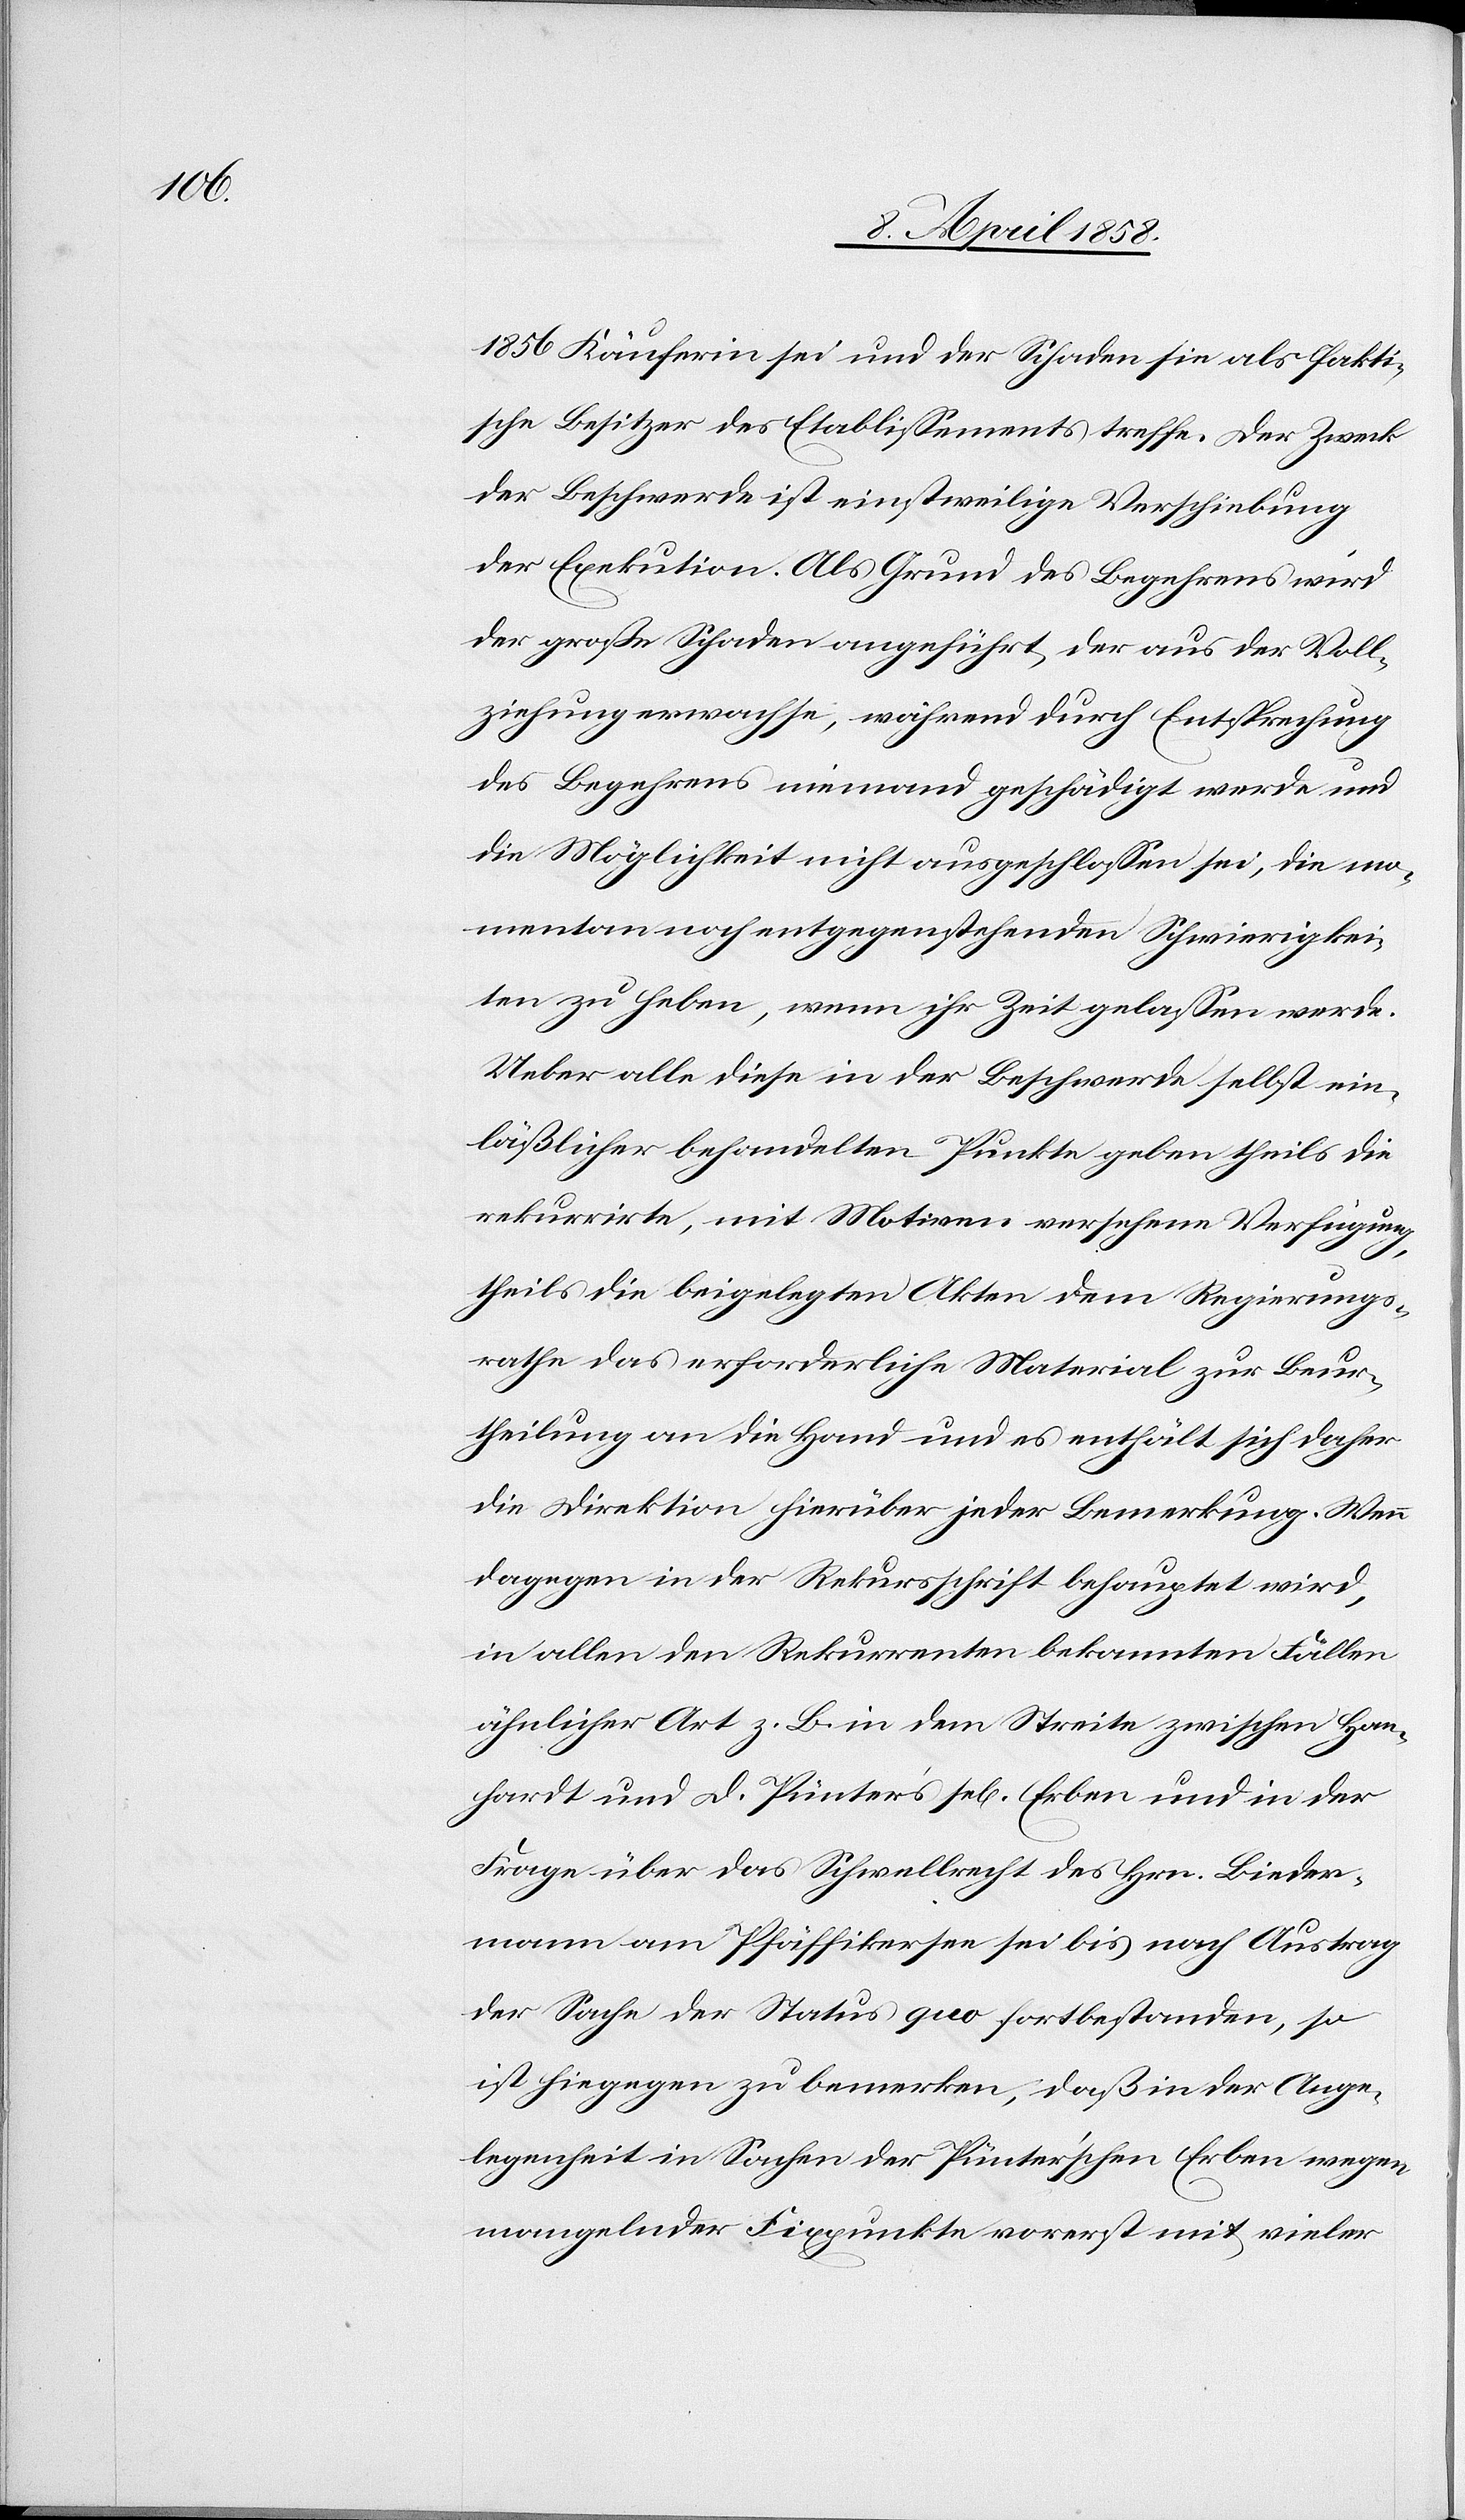
1856 Käuferin sei und der Schaden sie als fakti¬
sche Besitzer des Etablissements treffe. Der Zweck
der Beschwerde ist einstweilige Verschiebung
der Exekution. Als Grund des Begehrens wird
der große Schaden angeführt, der aus der Voll¬
ziehung erwachse, während durch Entsprechung
des Begehrens niemand geschädigt werde und
die Möglichkeit nicht ausgeschlossen sei, die mo¬
mentan noch entgegenstehenden Schwierigkei¬
ten zu heben, wenn ihr Zeit gelassen werde.
Ueber alle diese in der Beschwerde selbst ein¬
läßlicher behandelten Punkte geben theils die
rekurrirte, mit Motiven versehene Verfügung,
theils die beigelegten Akten dem Regierungs¬
rathe das erforderliche Material zur Beur¬
theilung an die Hand und es enthält sich daher
die Direktion hierüber jeder Bemerkung. Wenn
dagegen in der Rekursschrift behauptet wird,
in allen den Rekurrenten bekannten Fällen
ähnlicher Art z. B. in dem Streite zwischen Han¬
hardt und D. Pünter’s se[ligen] Erben und in der
Frage über das Schwellrecht des Hrn. Bieder¬
mann am Pfäffikersee sei bis nach Austrag
der Sache der Status quo fortbestanden, so
ist hiegegen zu bemerken, daß in der Ange¬
legenheit in Sachen der Pünter’schen Erben wegen
mangelnder Fixpunkte vorerst mit vieler